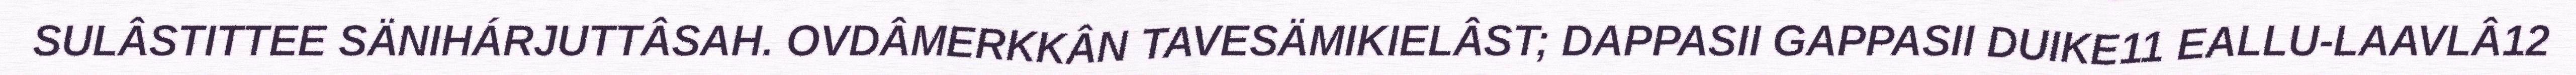
SULÂSTITTEE SÄNIHÁRJUTTÂSAH. OVDÂMERKKÂN TAVESÄMIKIELÂST; DAPPASII GAPPASII DUIKE11 EALLU-LAAVLÂ12